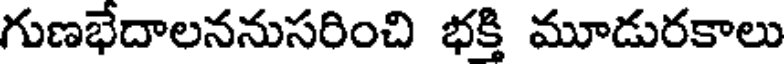
గుణభేదాలననుసరించి భక్తి మూడురకాలు